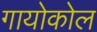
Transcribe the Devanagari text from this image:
गायोकोल